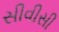
સીવીસી